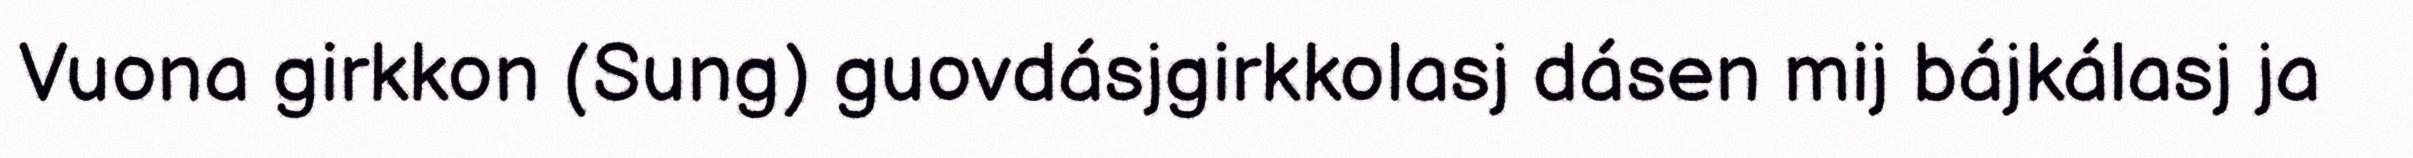
Vuona girkkon (Sung) guovdásjgirkkolasj dásen mij bájkálasj ja